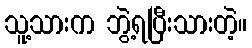
သူ့သားက ဘွဲ့ရပြီးသားတဲ့။